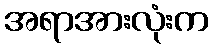
အရာအားလုံးက